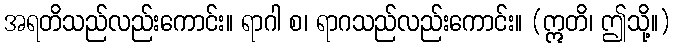
အရတိသည်လည်းကောင်း။ ရာဂါ စ၊ ရာဂသည်လည်းကောင်း။ (ဣတိ၊ ဤသို့။)